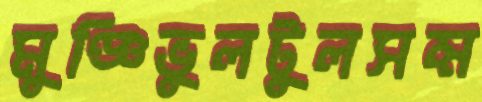
মুঞ্জিভুলটুলসম্ম